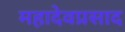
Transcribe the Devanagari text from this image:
महादेवप्रसाद